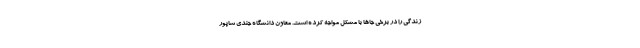
زندگی را در برخی جاها با مشکل مواجه کرده است. معاون دانشگاه جندی شاپور